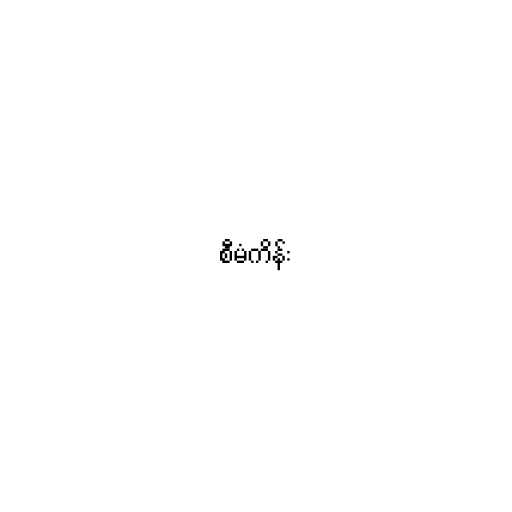
စီမံကိန်း